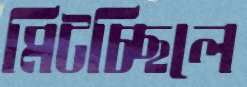
মিটচ্ছিলে